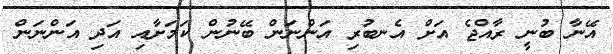
އޭނާ ބުނީ ރާއްޖެ އަށް އެނބުރި އަންނަން ބޭނުން ކަމަށާއި އަދި އަންނަން